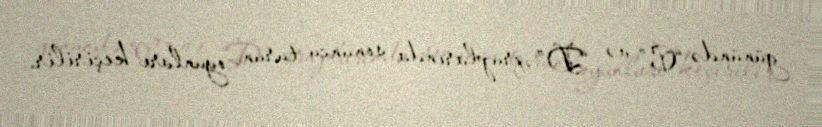
günündə “C” və “D” qruplarında sonuncu turun oyunları keçirilir.